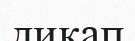
диқап